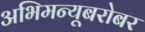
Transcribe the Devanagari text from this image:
अभिमन्यूबरोबर